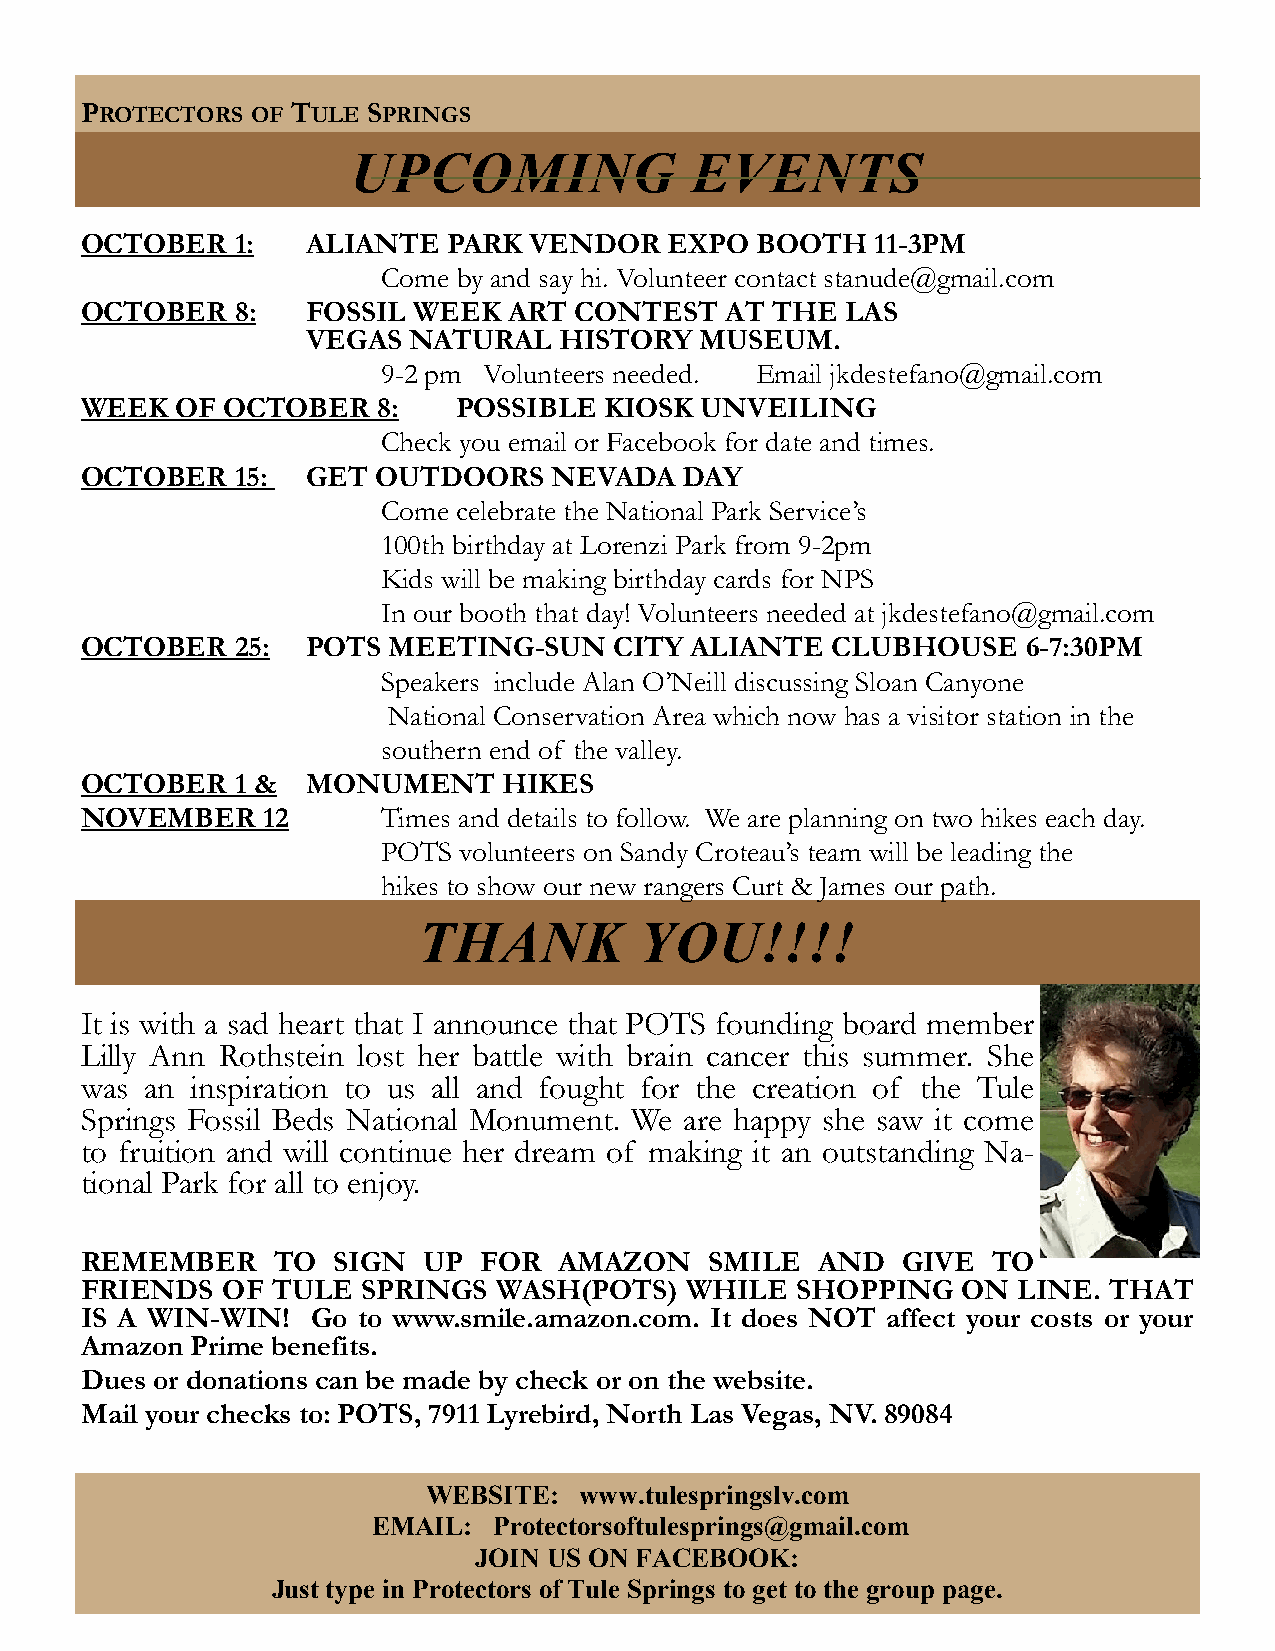
PROTECTORS  OF TULE SPRINGS
 UPCOMING               EVENTS
 OCTOBER    1:  ALIANTE   PARK VENDOR   EXPO  BOOTH   11-3PM
 Come by and say hi. Volunteer contact stanude@gmail.com
 OCTOBER    8:  FOSSIL WEEK   ART CONTEST   AT THE  LAS
 VEGAS  NATURAL   HISTORY  MUSEUM.
 9-2 pm Volunteers needed. Email jkdestefano@gmail.com
 WEEK   OF OCTOBER   8:   POSSIBLE  KIOSK UNVEILING
 Check you email or Facebook for date and times.
 OCTOBER    15: GET  OUTDOORS    NEVADA  DAY
 Come celebrate the National Park Service’s
 100th birthday at Lorenzi Park from 9-2pm
 Kids will be making birthday cards for NPS
 In our booth that day! Volunteers needed at jkdestefano@gmail.com
 OCTOBER    25: POTS  MEETING-SUN    CITY ALIANTE  CLUBHOUSE    6-7:30PM
 Speakers include Alan O’Neill discussing Sloan Canyone
 National Conservation Area which now has a visitor station in the
 southern end of the valley.
 OCTOBER    1 & MONUMENT     HIKES
 NOVEMBER    12      Times and details to follow. We are planning on two hikes each day.
 POTS volunteers on Sandy Croteau’s team will be leading the
 hikes to show our new rangers Curt & James our path.
 THANK         YOU!!!!
 It is with a sad heart that I announce that POTS founding board member
 Lilly Ann Rothstein lost her battle with brain cancer this summer. She
 was  an inspiration to us all and fought for the creation of the Tule
 Springs Fossil Beds National Monument. We are happy she saw it come
 to fruition and will continue her dream of making it an outstanding Na-
 tional Park for all to enjoy.
 REMEMBER     TO  SIGN  UP  FOR  AMAZON    SMILE  AND   GIVE  TO
 FRIENDS   OF TULE  SPRINGS  WASH(POTS)  WHILE   SHOPPING   ON LINE. THAT
 IS A WIN-WIN!   Go to www.smile.amazon.com. It does NOT affect your costs or your
 Amazon  Prime benefits.
 Dues or donations can be made by check or on the website.
 Mail your checks to: POTS, 7911 Lyrebird, North Las Vegas, NV. 89084
 WEBSITE:  www.tulespringslv.com
 EMAIL:  Protectorsoftulesprings@gmail.com
 JOIN US ON FACEBOOK:
 Just type in Protectors of Tule Springs to get to the group page.